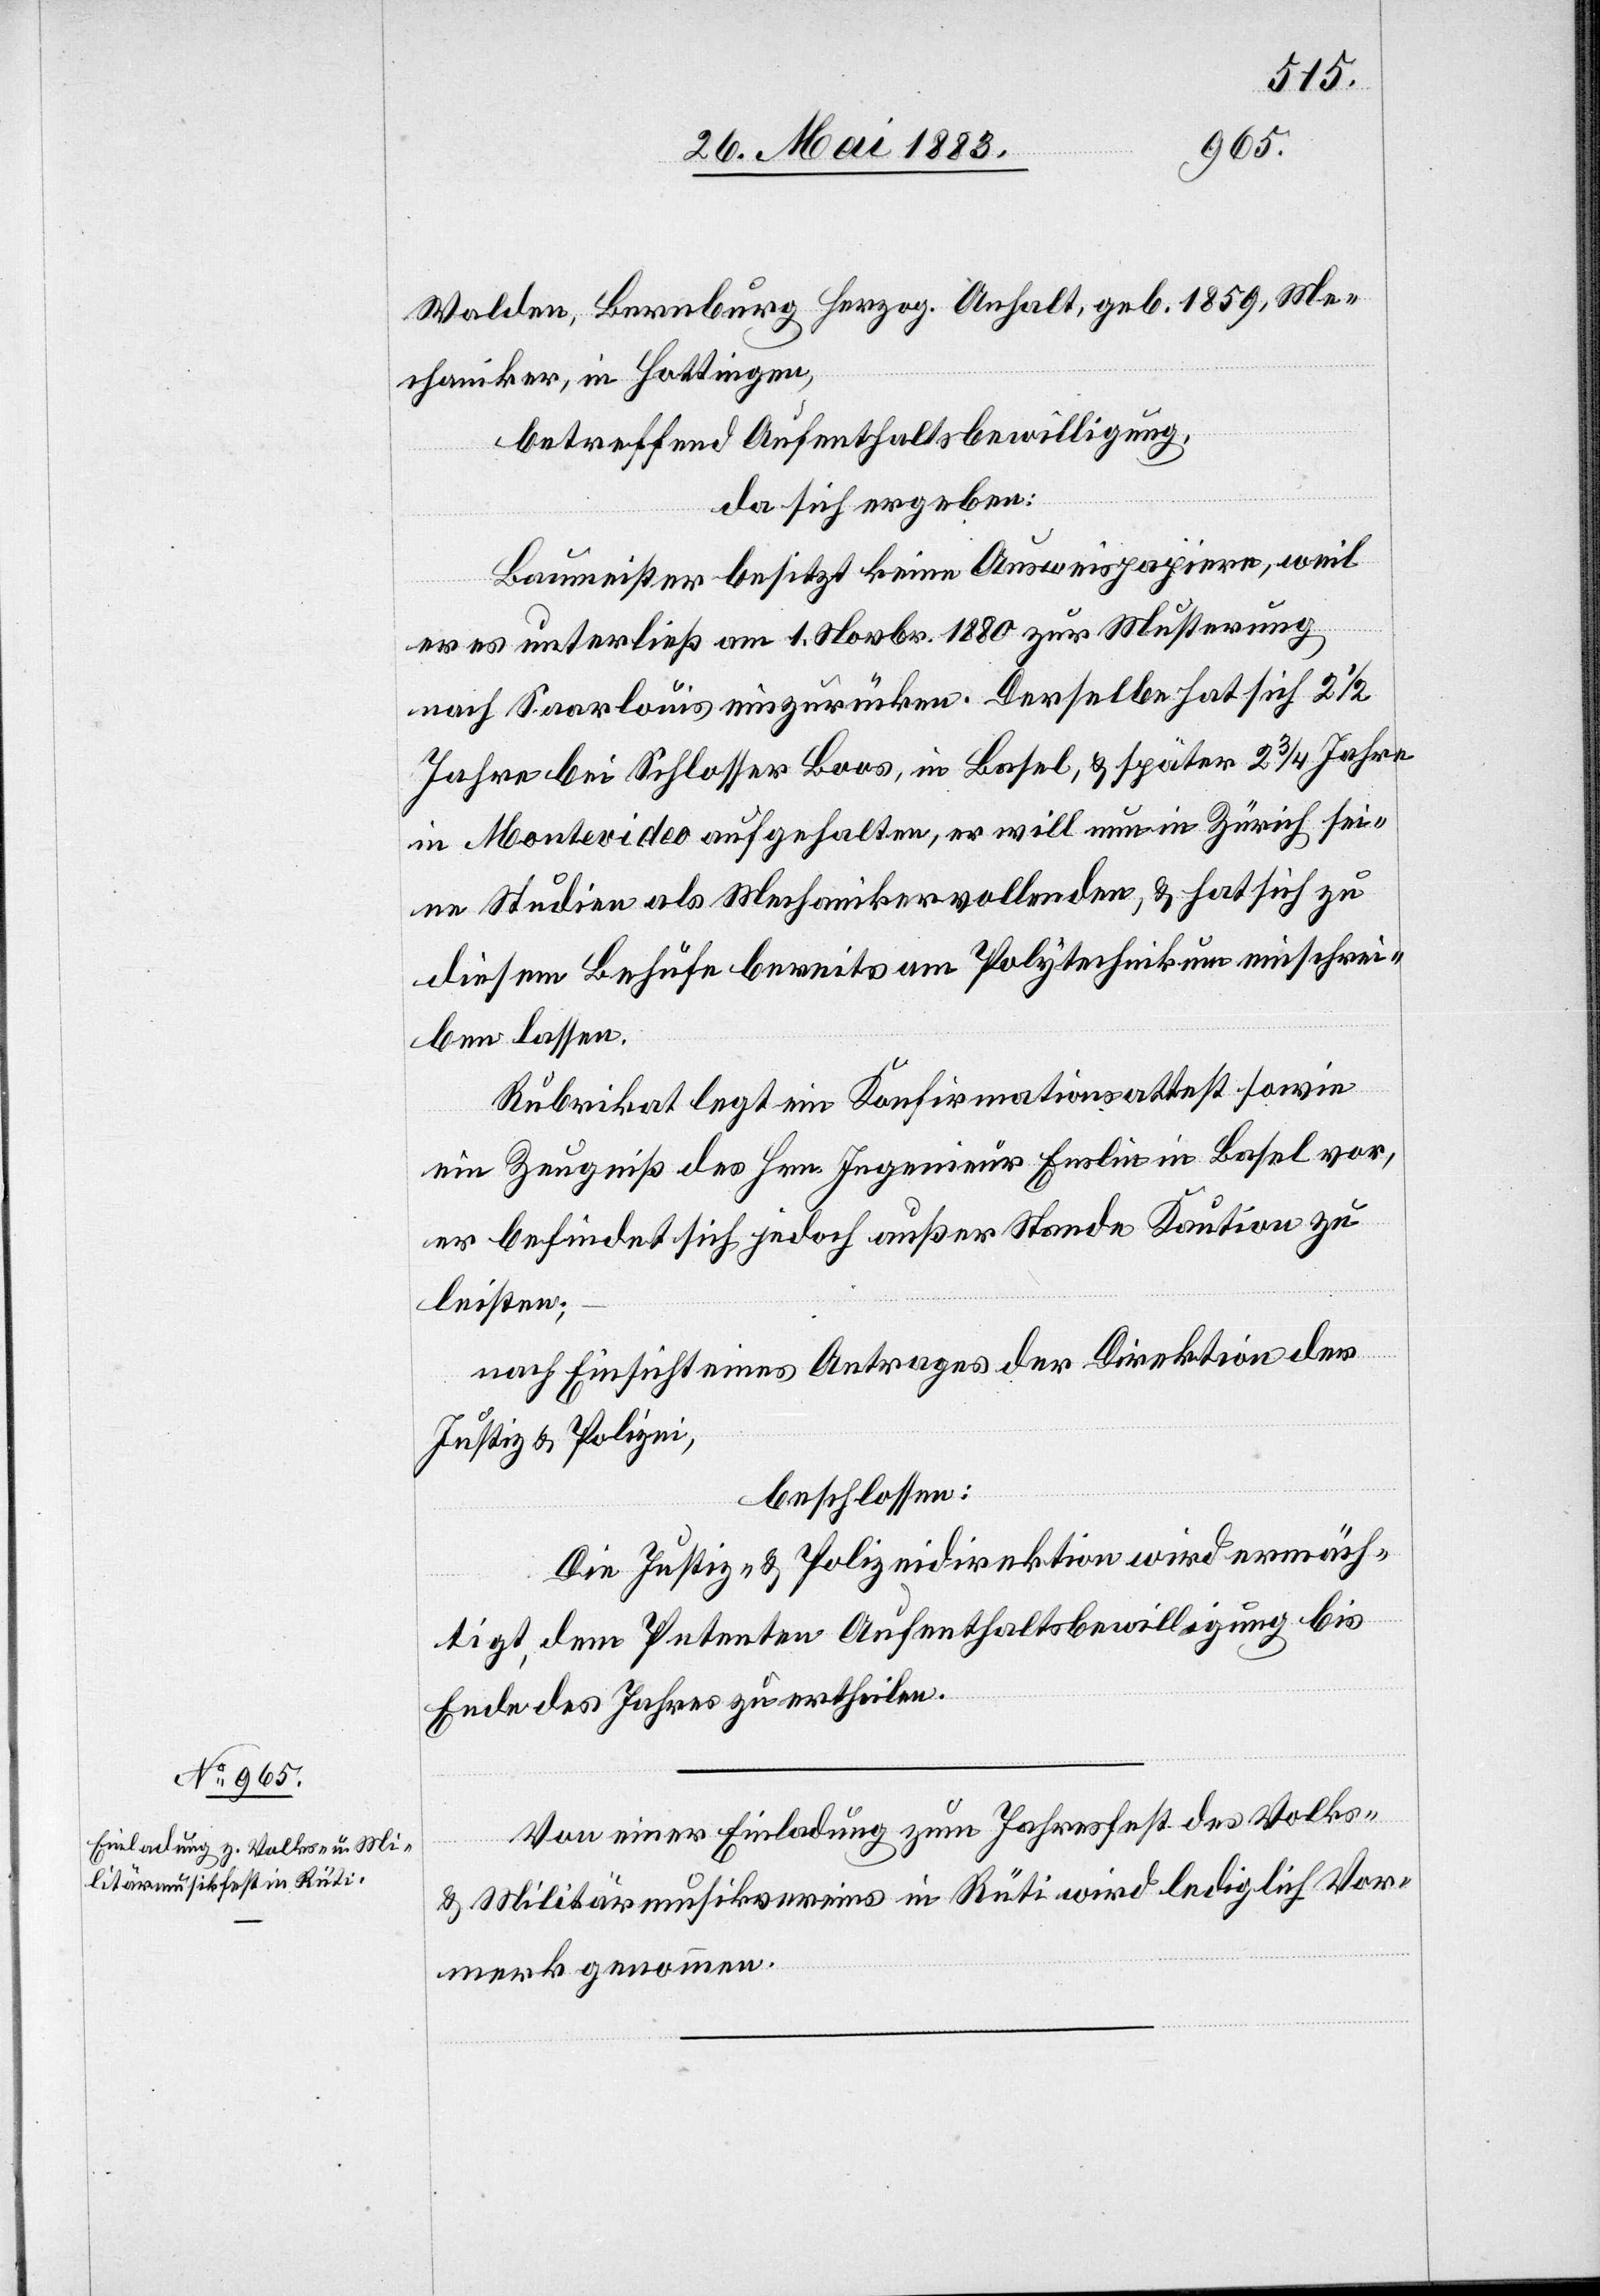
Walden, Bernburg herzog. Anhalt, geb. 1859, Me¬
chaniker, in Hottingen,
betreffend Aufenthaltsbewilligung,
da sich ergeben:
Baumeister besitzt keine Ausweispapiere, weil
er es unterließ am 1. Novbr. 1880 zur Musterung
nach Saarlouis einzurücken. Derselbe hat sich 2 1/2
Jahre bei Schlosser Boos, in Basel, & später 2 3/4 Jahre
in Montevideo aufgehalten, er will nun in Zürich sei¬
ne Studien als Mechaniker vollenden, & hat sich zu
diesem Behufe bereits am Polytechnikum einschrei¬
ben lassen.
Rubrikat legt ein Konfirmationsattest sowie
ein Zeugniß des Hrn. Ingenieur Enslin in Basel vor,
es befindet sich jedoch außer Stande Kaution zu
leisten;
nach Einsicht eines Antrages der Direktion der
Justiz & Polizei,
beschlossen:
Die Justiz- & Polizeidirektion wird ermäch¬
tigt, dem Petenten Aufenthaltsbewilligung bis
Ende des Jahres zu ertheilen.
Von einer Einladung zum Jahresfest des Volks-
& Militärmusikvereins in Rüti wird lediglich Vor¬
merk genommen.